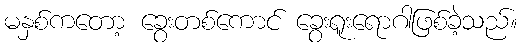
မနှစ်ကတော့ ခွေးတစ်ကောင် ခွေးရူးရောဂါဖြစ်ခဲ့သည်။